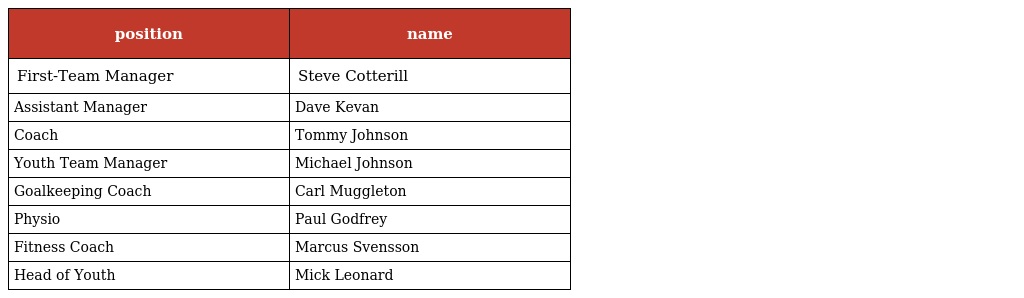
| position | name |
 | --- | --- |
 | First-Team Manager | Steve Cotterill |
 | Assistant Manager | Dave Kevan |
 | Coach | Tommy Johnson |
 | Youth Team Manager | Michael Johnson |
 | Goalkeeping Coach | Carl Muggleton |
 | Physio | Paul Godfrey |
 | Fitness Coach | Marcus Svensson |
 | Head of Youth | Mick Leonard |